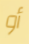
أو